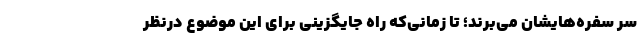
سر سفره‌هایشان می‌برند؛ تا زمانی‌که راه جایگزینی برای این موضوع درنظر